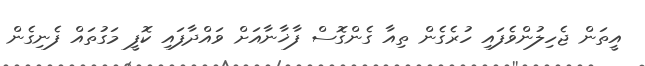
އީތަން ޖެހިލުންވެފައި ހުރެގެން ތިއާ ގެންގޮސް ފާޚާނާއަށް ވައްދާފައި ކޮފީ މަގުތައް ފެނިގެން